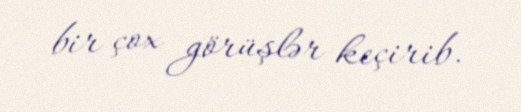
bir çox görüşlər keçirib.